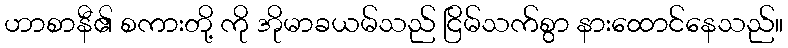
ဟာစာနီ၏ စကားတို့ ကို အိုမာခယမ်သည် ငြိမ်သက်စွာ နားထောင်နေသည်။